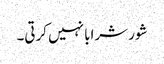
شور شرابا نہیں کرتی۔